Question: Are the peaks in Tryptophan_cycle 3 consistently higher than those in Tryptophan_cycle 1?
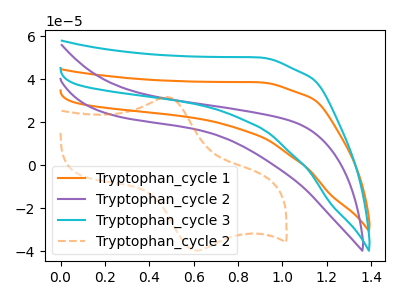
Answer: <think>The orange curve "Tryptophan_cycle 1" has no peaks. The purple curve "Tryptophan_cycle 2" has no peaks. The cyan curve "Tryptophan_cycle 3" has no peaks. The orange dashed curve "Tryptophan_cycle 2" has an anodic peak at (0.45V, 31.65uA) and a cathodic peak at (0.60V, -39.80uA).</think>
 <answer>Niether CV has any peaks.</answer>
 <eval>blanks</eval>